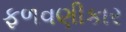
ફળવણીકાર